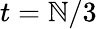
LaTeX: t=\mathbb{N}/3